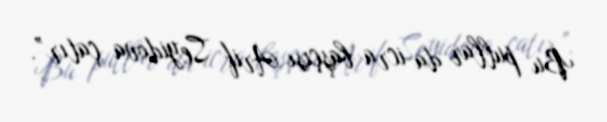
Bu pullar da icra başçısı Arif Seyidova çatır”.